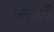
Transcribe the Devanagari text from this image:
आटोली